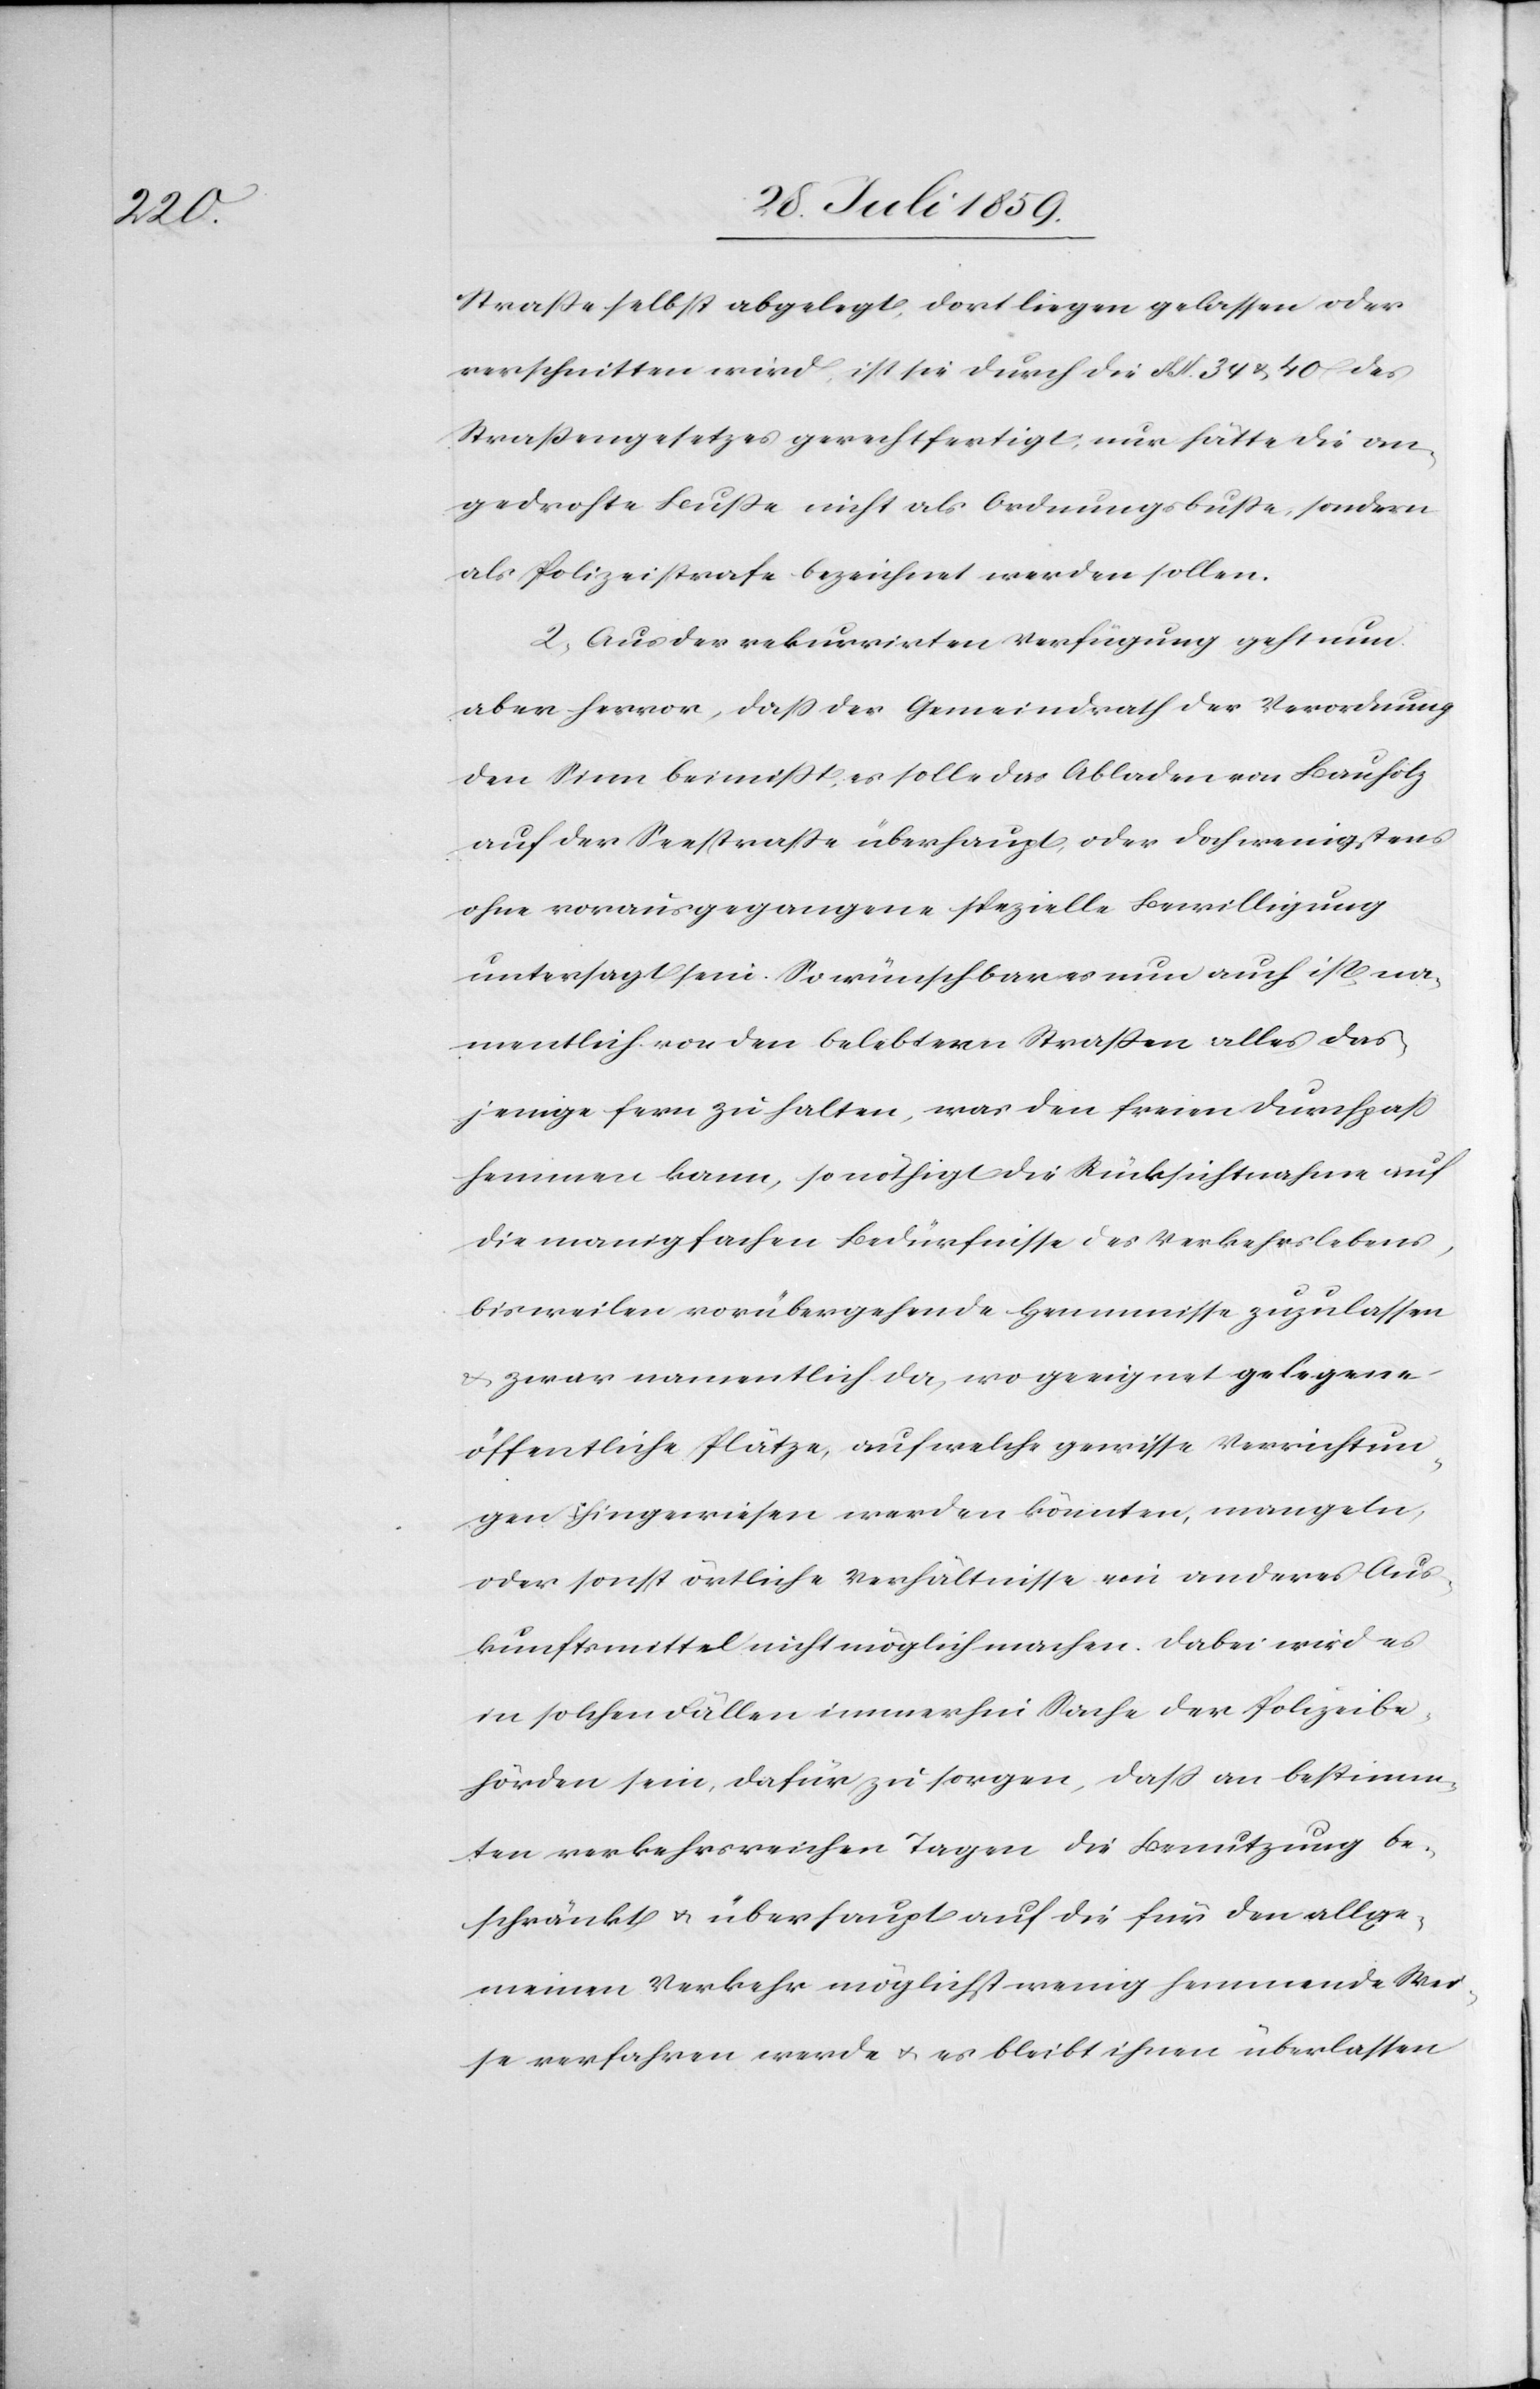
Straße selbst abgelegt, dort liegen gelassen oder
verschnitten wird, ist sie durch die § § 34 u. 40 des
Straßengesetzes gerechtfertigt, nur hätte die an¬
gedrohte Buße nicht als Ordnungsbusse, sondern
als Polizeistrafe bezeichnet werden sollen.
2. Aus der rekurrirten Verfügung geht nun
aber hervor, daß der Gemeindrath der Verordnung
den Sinn beimißt, es solle das Abladen von Bauholz
auf der Seestraße überhaupt, oder doch wenigstens
ohne vorausgegangene spezielle Bewilligung
untersagt sein. So wünschbar es nun auch ist, na¬
mentlich von den belebtern Straßen alles das¬
jenige fern zu halten, was den freien Durchpaß
hemmen kann, so nöthigt die Rücksichtnahme auf
die manigfachen [sic!] Bedürfnisse des Verkehrslebens,
bisweilen vorübergehende Hemmnisse zuzulassen
u. zwar namentlich da, wo geeignet gelegene
öffentliche Plätze, auf welche gewisse Verrichtun¬
gen hingewiesen werden könnten, mangeln,
oder sonst örtliche Verhältnisse ein anderes Aus¬
kunftsmittel nicht möglich machen. Dabei wird es
in solchen Fällen immerhin Sache der Polizeibe¬
hörden sein, dafür zu sorgen, daß an bestimm¬
ten verkehrsreichen Tagen die Benutzung be¬
schränkt u. überhaupt auf die für den allge¬
meinen Verkehr möglichst wenig hemmende Wei¬
se verfahren werde u. es bleibt ihnen überlassen